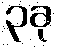
၃ခု